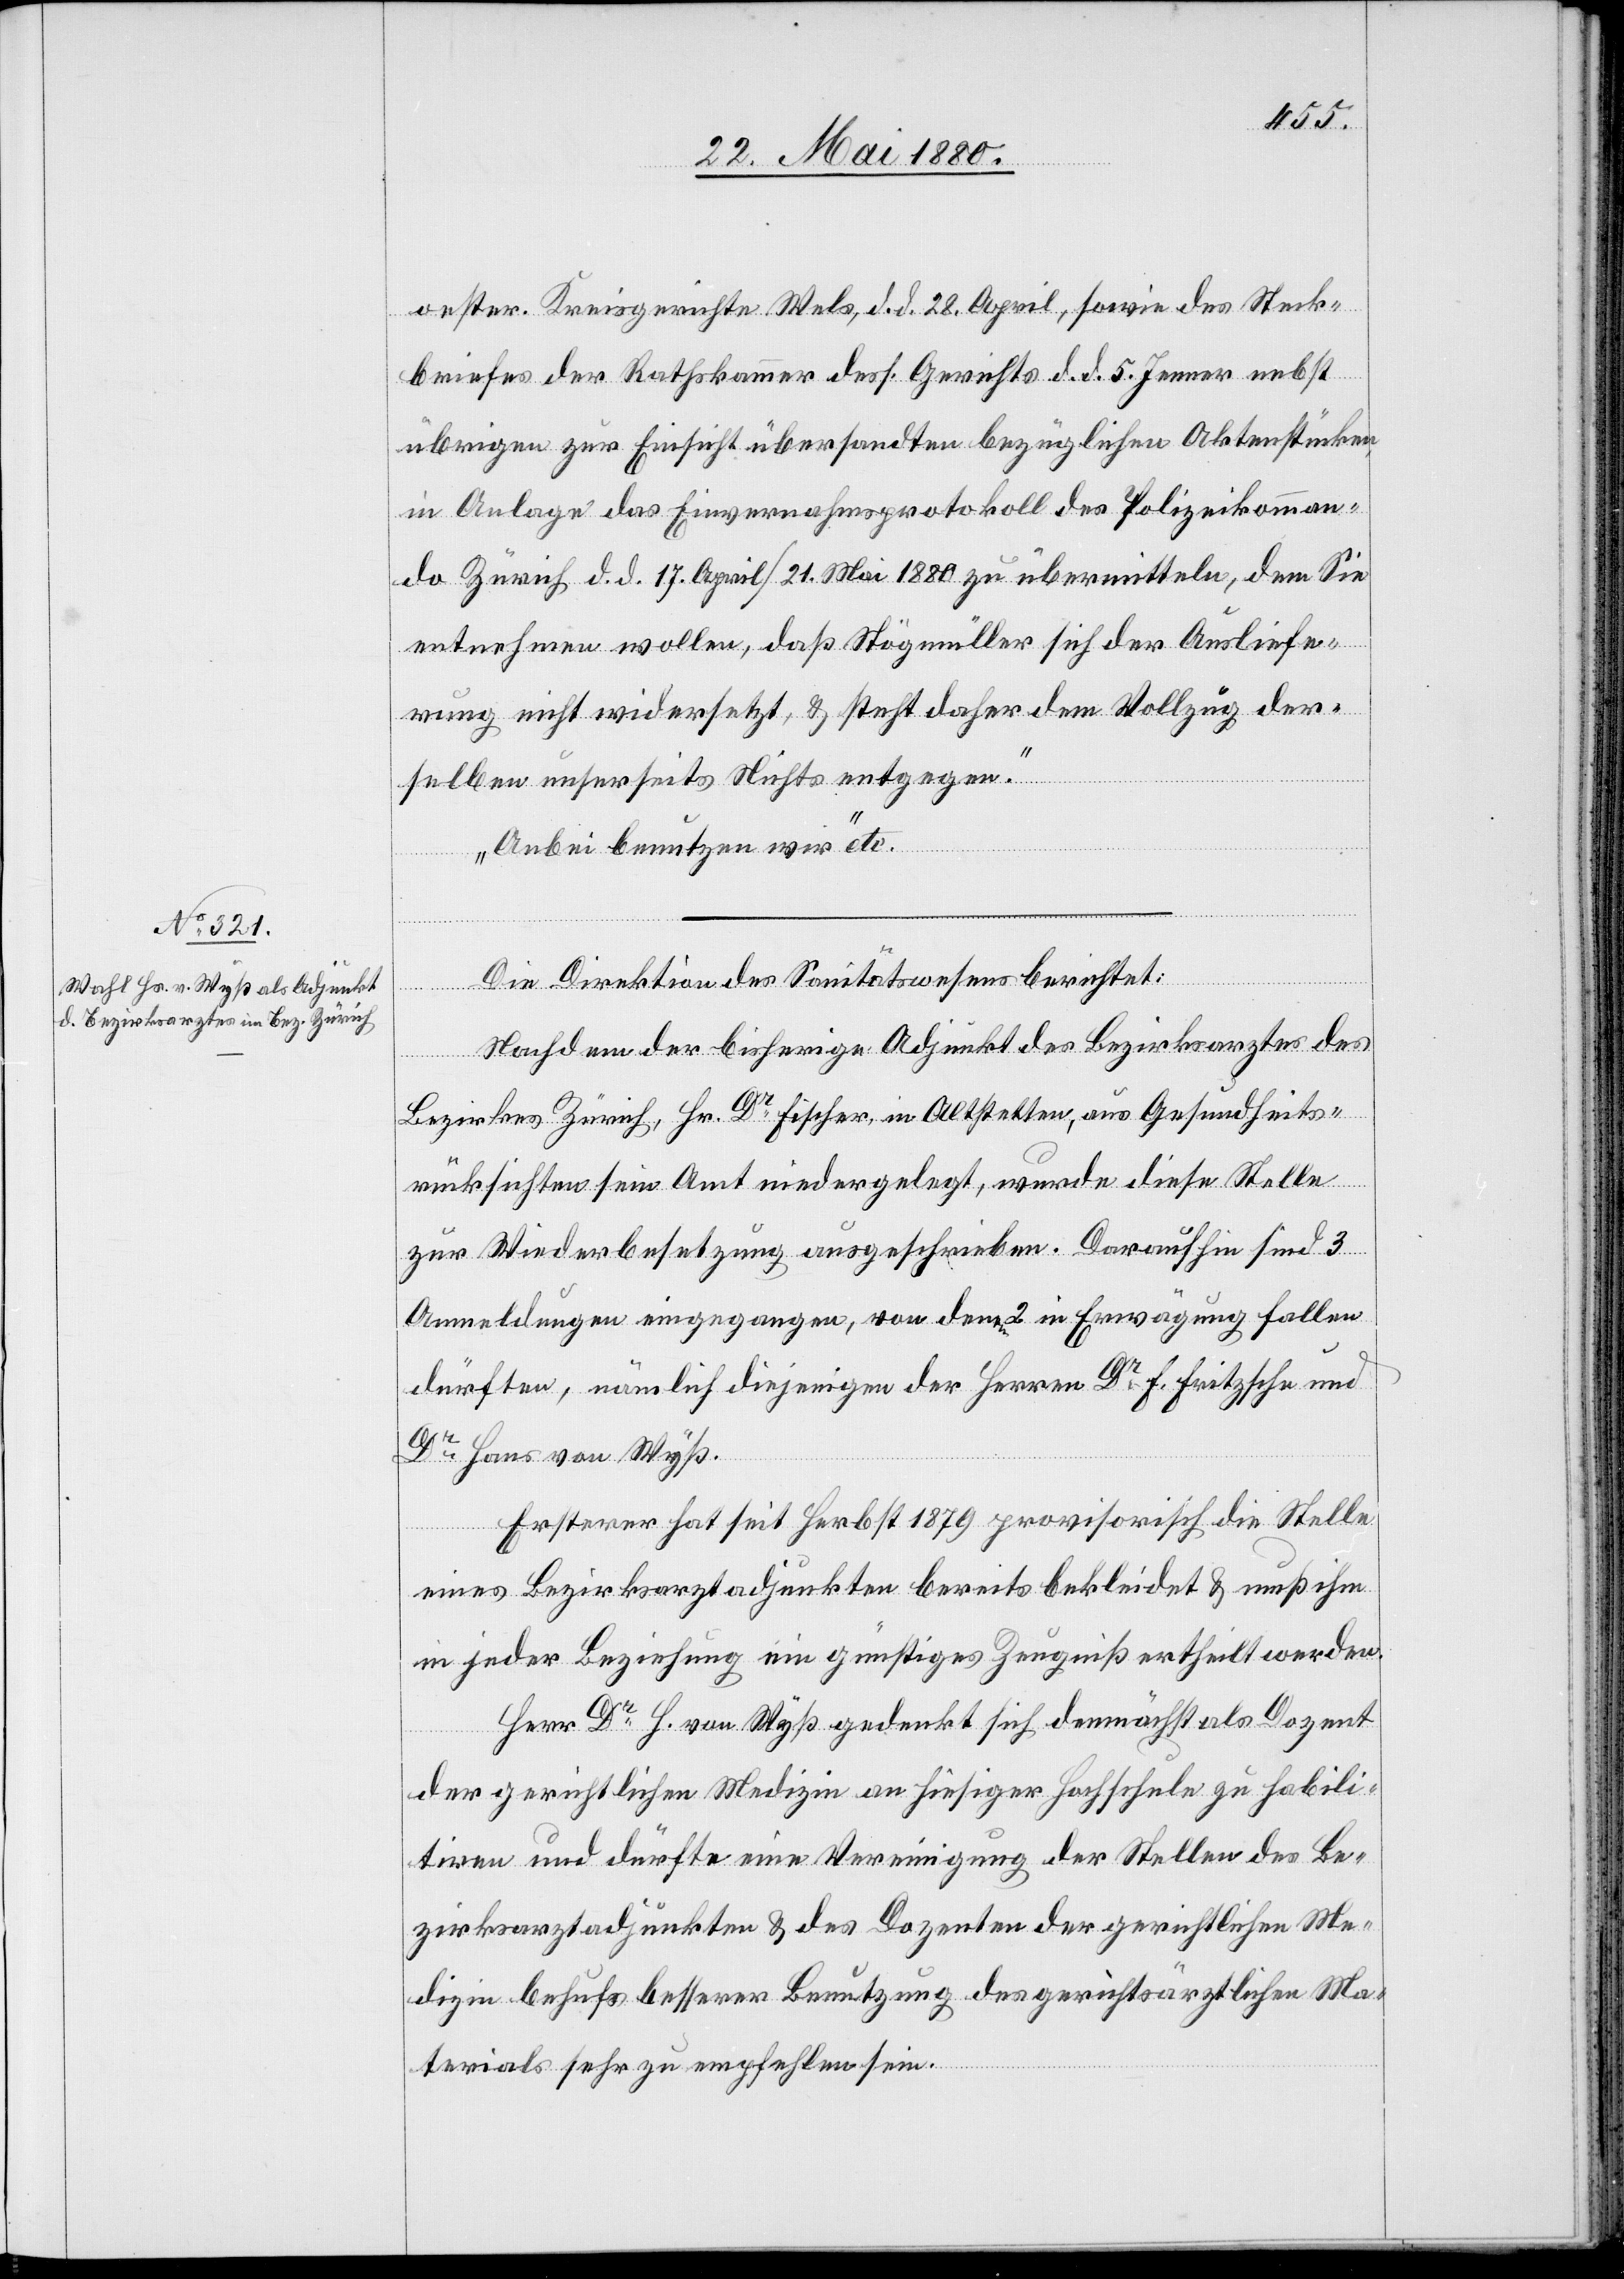
oester. Kreisgerichte Wels, d. d. 28. April, sowie des Steck¬
briefes der Rathskammer dess. Gerichts d. d. 5. Jenner nebst
übrigen zur Einsicht übersandten bezüglichen Aktenstücken
in Anlage das Einvernahmsprotokoll des Polizeikomman¬
do Zürich d. d. 17. April/21. Mai 1880 zu übermitteln, dem Sie
entnehmen wollen, daß Stögmüller sich der Ausliefe¬
rung nicht widersetzt, & steht daher dem Vollzug der¬
selben unserseits Nichts entgegen.
Anbei benutzen wir“ etc.
Die Direktion des Sanitätswesens berichtet:
Nachdem der bisherige Adjunkt des Bezirksarztes des
Bezirkes Zürich, Hr. Dr Fischer, in Altstetten, aus Gesundheits¬
rücksichten sein Amt niedergelegt, wurde diese Stelle
zur Wiederbesetzung ausgeschrieben. Daraufhin sind 3
Anmeldungen eingegangen, von denen 2 in Erwägung fallen
dürften, nämlich diejenige der Herren Dr F. Fritzsche und
Dr Hans von Wyß.
Ersterer hat seit Herbst 1879 provisorisch die Stelle
eines Bezirksarztadjunkten bereits bekleidet & muß ihm
in jeder Beziehung ein günstiges Zeugniß ertheilt werden.
Herr Dr H. von Wyß gedenkt sich demnächst als Dozent
der gerichtlichen Medizin an hiesiger Hochschule zu habili¬
tiren und dürfte eine Vereinigung der Stellen des Be¬
zirksarztadjunkten & des Dozenten der gerichtlichen Me¬
dizin behufs besserer Benutzung des gerichtsärztlichen Ma¬
terials sehr zu empfehlen sein.